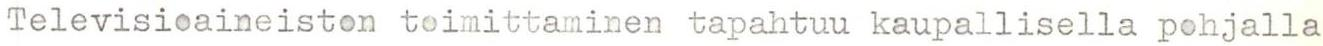
Televisioaineiston toimittaminen tapahtuu kaupallisella pohjalla